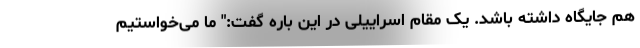
هم جایگاه داشته باشد. یک مقام اسراییلی در این باره گفت:" ما می‌خواستیم